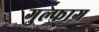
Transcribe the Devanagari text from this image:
गुल्फाग्र